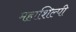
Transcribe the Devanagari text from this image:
महाशिल्पी